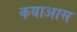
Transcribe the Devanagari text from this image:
कयाआस